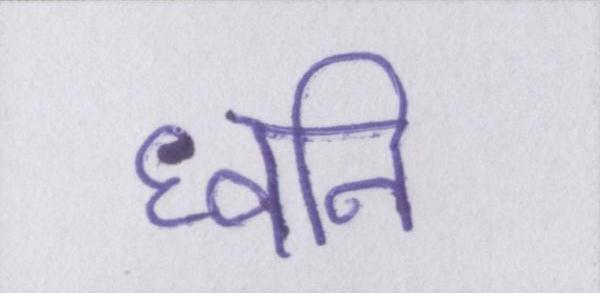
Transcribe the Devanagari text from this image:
घ्वनि